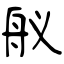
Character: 舣